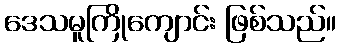
ဒေသမူကြိုကျောင်း ဖြစ်သည်။